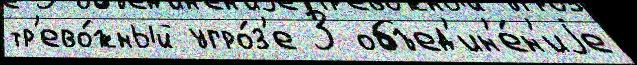
тр'ево́жный угро́з'е 3 объед'ин'е́н'иjе